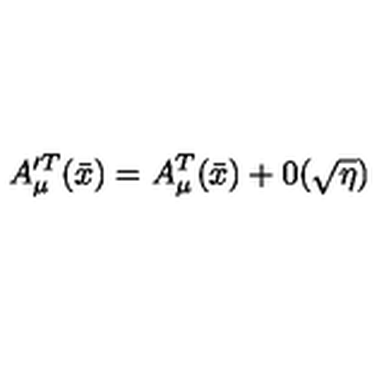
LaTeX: A _ { \mu } ^ { \prime T } ( \bar { x } ) = A _ { \mu } ^ { T } ( \bar { x } ) + 0 ( \sqrt { \eta } )